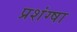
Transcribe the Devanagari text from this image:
प्रशंग्षा